Annual administration report of the Civil Veterinary Department of India - 1894-1895
Year: 1894
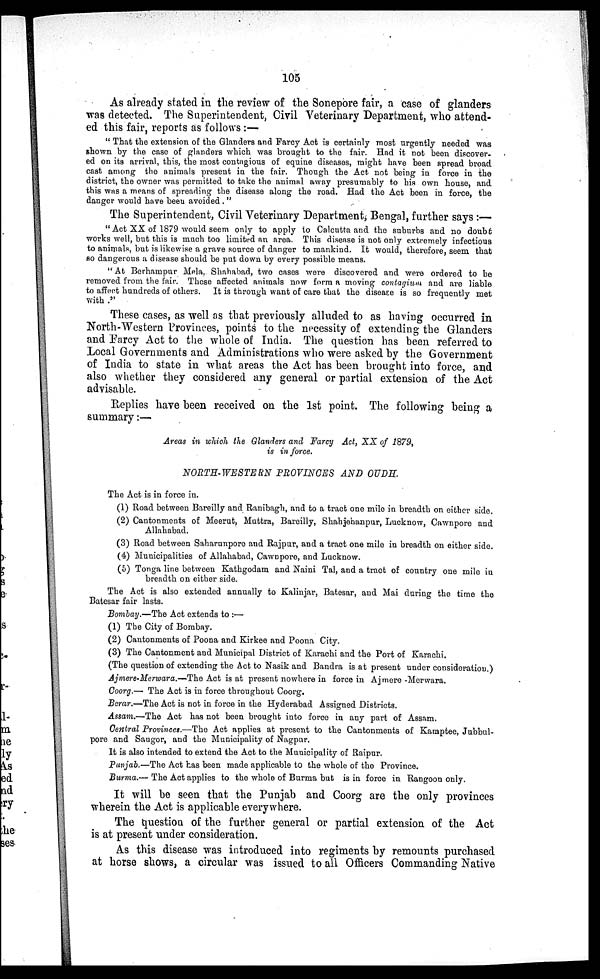
105
As already stated in the review of the Sonepore fair, a case of glanders
was detected. The Superintendent, Civil Veterinary Department, who attend-
ed this fair, reports as follows :—
" That the extension of the Glanders and Farcy Act is certainly most urgently needed was
shown by the case of glanders which was brought to the fair. Had it not been discover-
ed on its arrival, this, the most contagious of equine diseases, might have been spread broad
cast among the animals present in the fair. Though the Act not being in force in the
district, the owner was permitted to take the animal away presumably to his own house, and
this was a means of spreading the disease along the road. Had the Act been in force, the
danger would have been avoided . "
The Superintendent, Civil Veterinary Department, Bengal, further says :—
"Act XX of 1879 would seem only to apply to Calcutta and the suburbs and no doubt
works well, but this is much too limited an area. This disease is not only extremely infectious
to animals, but is likewise a grave source of danger to mankind. It would, therefore, seem that
so dangerous a disease should be put down by every possible means.
"At Berhampur Mela, Shahabad, two cases were discovered and were ordered to be
removed from the fair. These affected animals now form a moving contagium and are liable
to affect hundreds of others. It is through want of care that the disease is so frequently met
with ."
These cases, as well as that previously alluded to as having occurred in
North-Western Provinces, points' to the necessity of extending the Glanders
and Farcy Act to the whole of India. The question has been referred to
Local Governments and Administrations who were asked by the Government
of India to state in what areas the Act has been brought into force, and
also whether they considered any general or partial extension of the Act
advisable.
Replies have been received on the 1st point. The following being a
summary:—
Areas in which the Glanders and Farcy Act, XX of 1879,
is in force.
NORTH-WESTERN PROVINCES AND OUDH.
The Act is in force in.
(1) Road between Bareilly and Ranibagh, and to a tract one mile in breadth on either side.
(2) Cantonments of Meerut, Muttra, Bareilly, Shahjehanpur, Lucknow, Cawnpore and
Allahabad.
(3) Road between Saharunpore and Rajpur, and a tract one mile in breadth on either side.
(4) Municipalities of Allahabad, Cawnpore, and Lucknow.
(5) Tonga line between Kathgodam and Naini Tal, and a tract of country one mile in
breadth on either side.
The Act is also extended annually to Kalinjar, Batesar, and Mai during the time the
Batesar fair lasts.
Bombay.—The Act extends to :—
(1) The City of Bombay.
(2) Cantonments of Poona and Kirkee and Poona City.
(3) The Cantonment and Municipal District of Karachi and the Port of Karachi.
(The question of extending the Act to Nasik and Bandra is at present under consideration.)
Ajmere-Merwara.—The Act is at present nowhere in force in Ajmere -Merwara.
Coorg.— The Act is in force throughout Coorg.
Berar.—The Act is not in force in the Hyderabad Assigned Districts.
Assam.—The Act has not been brought into force in any part of Assam.
Central Provinces.—The Act applies at present to the Cantonments of Kamptee, Jubbul-
pore and Saugor, and the Municipality of Nagpur.
It is also intended to extend the Act to the Municipality of Raipur.
Punjab.—The Act has been made applicable to the whole of the Province.
Burma.— The Act applies to the whole of Burma but is in force in Rangoon only.
It will be seen that the Punjab and Coorg are the only provinces
wherein the Act is applicable everywhere.
The question of the further general or partial extension of the Act
is at present under consideration.
As this disease was introduced into regiments by remounts purchased
at horse shows, a circular was issued to all Officers Commanding Native